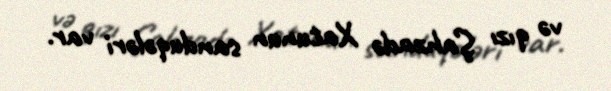
və qızı Şahzadə Xatunun sanduqələri var.